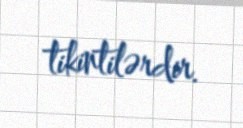
tikintilərdir.